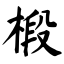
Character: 椴